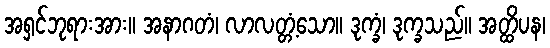
အရှင်ဘုရားအား။ အနာဂတံ၊ လာလတ္တံ့သော။ ဒုက္ခံ၊ ဒုက္ခသည်။ အတ္ထိပန၊